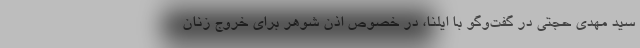
سید مهدی حجتی در گفت‌وگو با ایلنا، در خصوص اذن شوهر برای خروج زنان